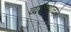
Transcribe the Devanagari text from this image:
व्यवस्थेव्दारे